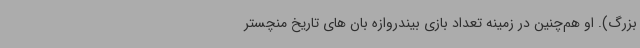
بزرگ). او هم‌چنین در زمینه تعداد بازی بیندروازه بان های تاریخ منچستر